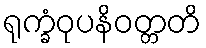
ရုက္ခံဝုပနိဝတ္တတိ